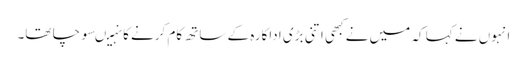
انہوں نے کہا کہ میں نے کبھی اتنی بڑی اداکارہ کے ساتھ کام کرنے کا نہیںسوچا تھا۔